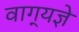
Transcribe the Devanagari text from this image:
वाग्‌यज्ञे